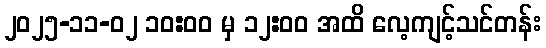
၂၀၂၅-၁၁-၀၂ ၁၀:၀၀ မှ ၁၂:၀၀ အထိ လေ့ကျင့်သင်တန်း